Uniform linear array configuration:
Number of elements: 48
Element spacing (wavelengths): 0.25
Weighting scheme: uniform
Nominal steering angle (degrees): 0
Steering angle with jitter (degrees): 1.172
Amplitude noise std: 0.05
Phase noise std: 0.05

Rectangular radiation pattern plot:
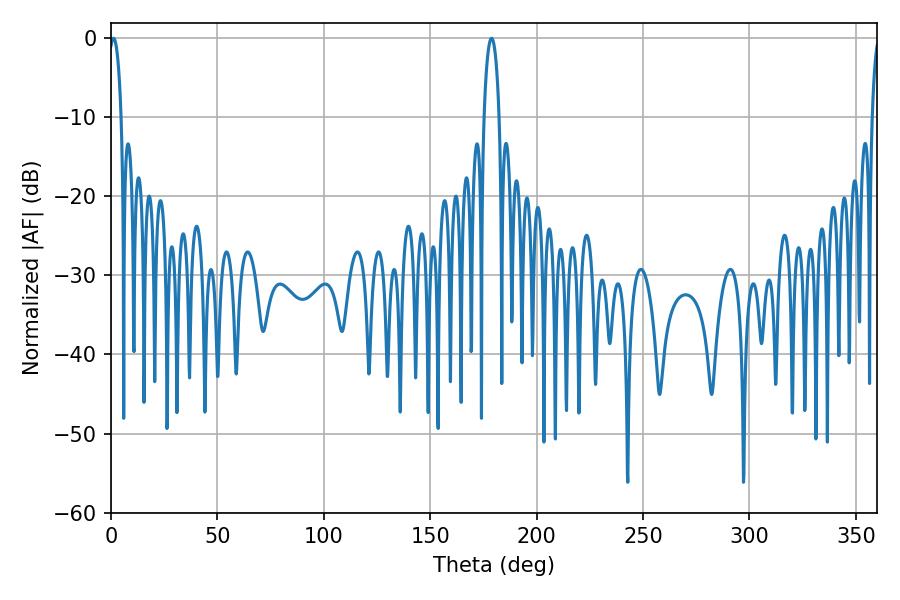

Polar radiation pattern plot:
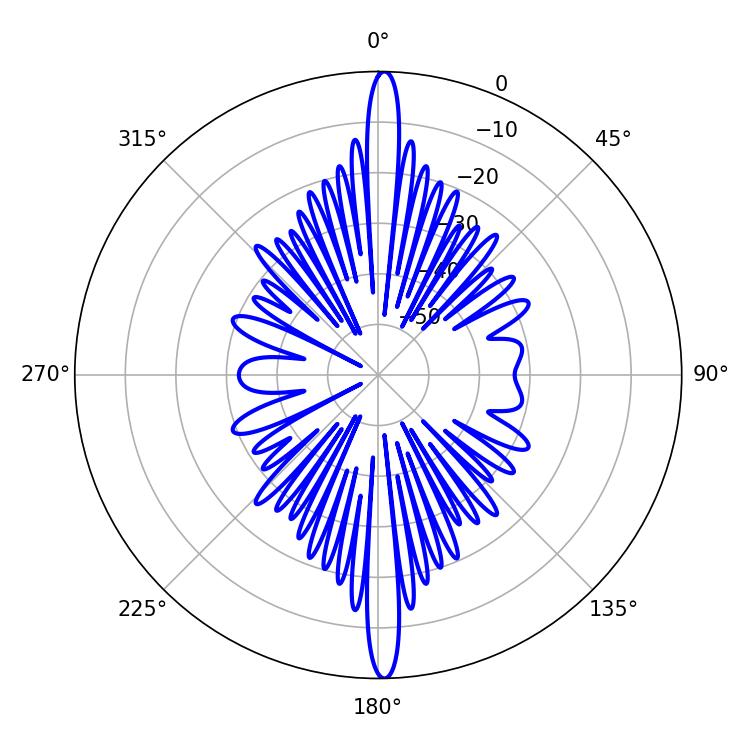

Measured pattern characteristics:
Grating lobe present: FALSE
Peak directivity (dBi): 27.051
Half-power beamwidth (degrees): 3.24
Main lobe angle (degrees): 1.26